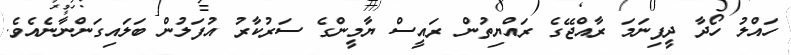
ހައްލު ހޯދާ ދީފިނަމަ ރާއްޖޭގެ ރައްޔިތުން ރައީސް ޔާމީންގެ ސަރުކާރު އުފަލުން ބަލައިގަންނާނެއެވެ.